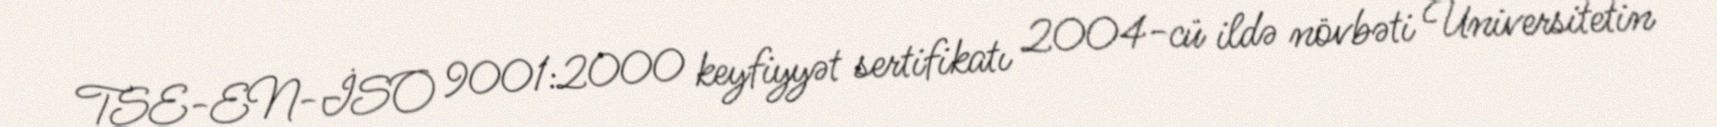
TSE-EN-İSO 9001:2000 keyfiyyət sertifikatı 2004-cü ildə növbəti Universitetin